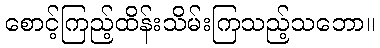
စောင့်ကြည့်ထိန်းသိမ်းကြသည့်သဘော။